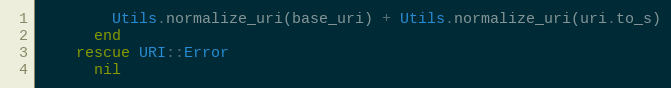
Language: Ruby
        Utils.normalize_uri(base_uri) + Utils.normalize_uri(uri.to_s)
      end
    rescue URI::Error
      nil